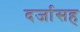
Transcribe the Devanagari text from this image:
दर्जासह